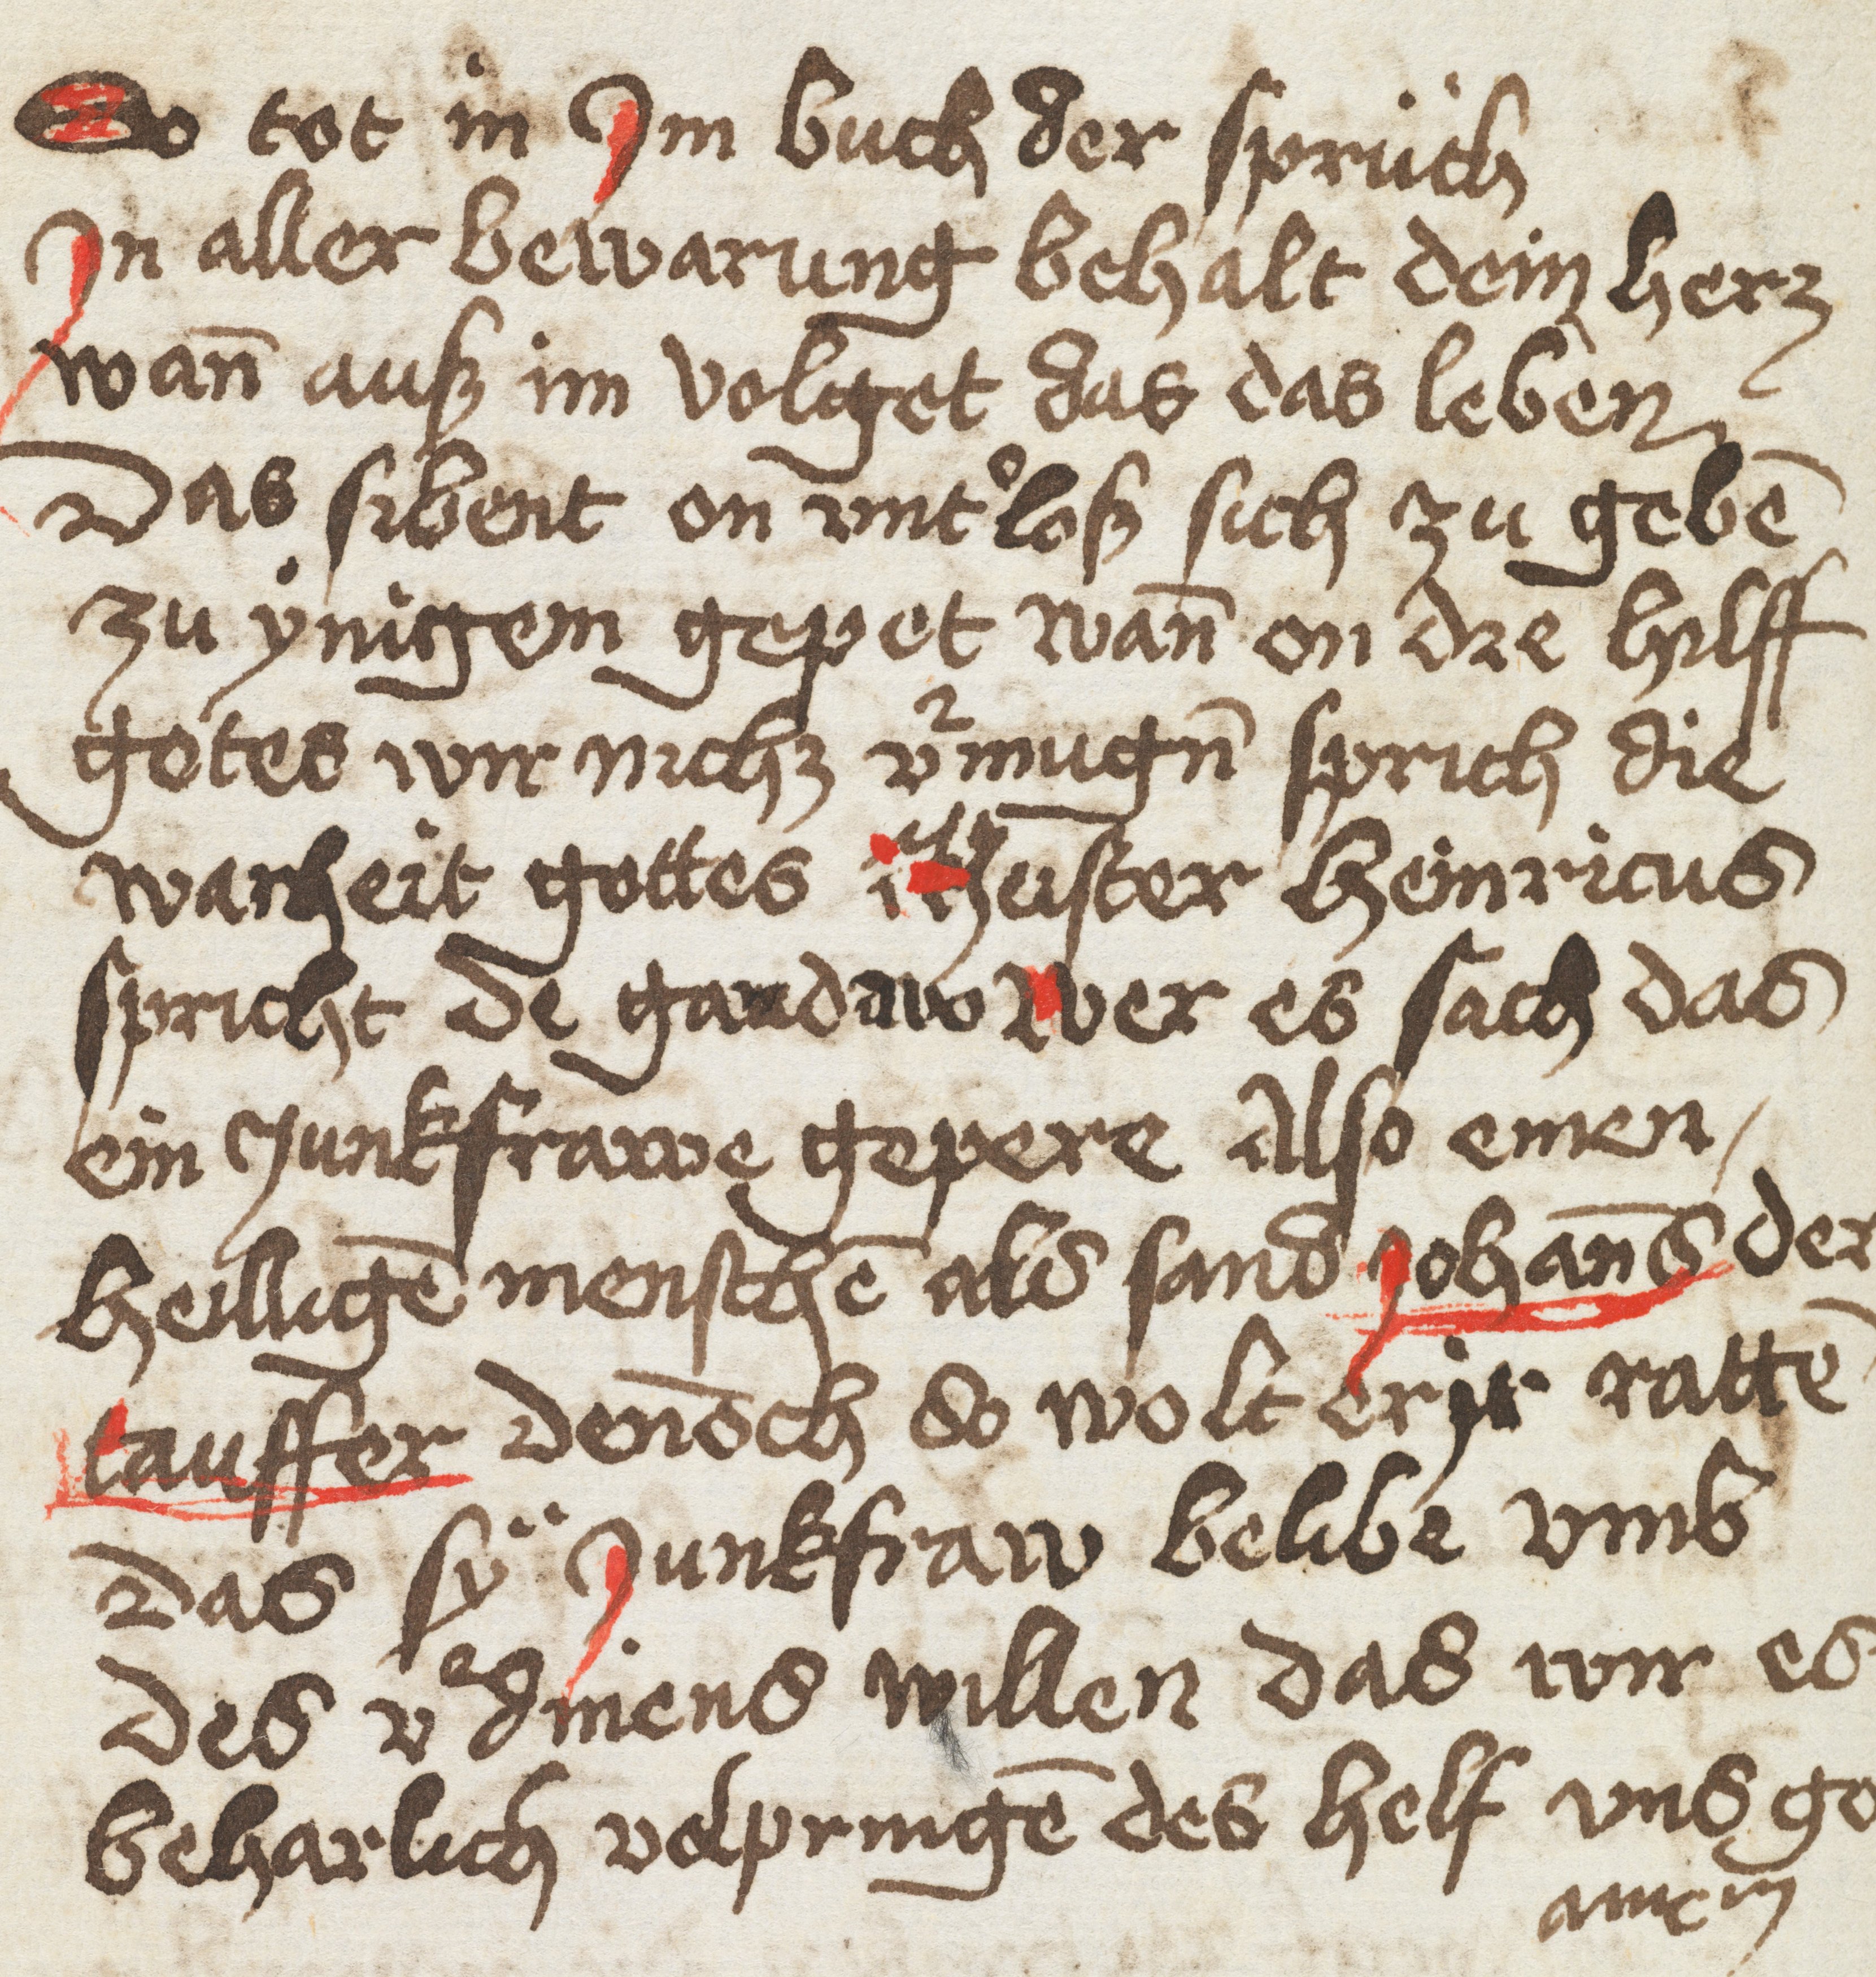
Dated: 1400–1499